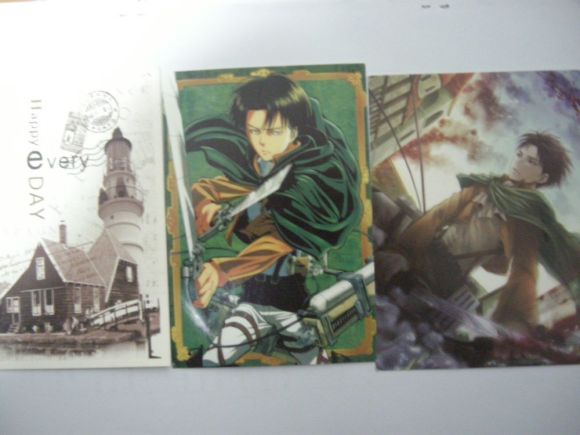
忆君遥在潇湘月，愁听清猿梦里长。